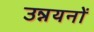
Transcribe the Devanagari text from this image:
उन्नयनों